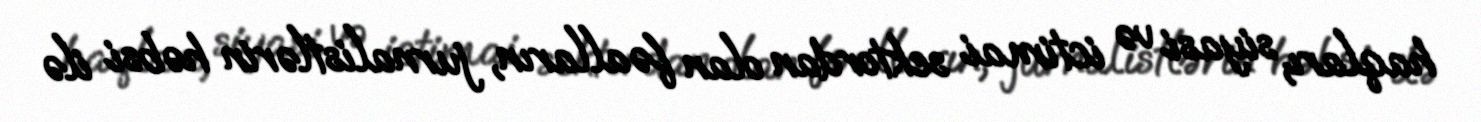
haqları, siyasi və ictimai sektordan olan fəalların, jurnalistlərin həbsi ilə